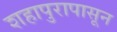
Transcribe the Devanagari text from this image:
शहापुरापासून